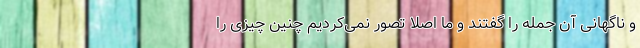
و ناگهانی آن جمله را گفتند و ما اصلاً تصور نمی‌کردیم چنین چیزی را